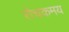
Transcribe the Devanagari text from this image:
रोचकमय